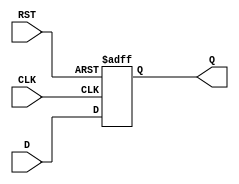
module store_register #(
    parameter DATA_WIDTH = 8  // Parameter for data width, can be modified as needed
)(
    input  wire [DATA_WIDTH-1:0] D,   // Data input
    input  wire CLK,                   // Clock input
    input  wire RST,                   // Reset input
    output reg  [DATA_WIDTH-1:0] Q     // Data output
);

// Asynchronous Reset Logic
always @(posedge CLK or posedge RST) begin
    if (RST) begin
        Q <= {DATA_WIDTH{1'b0}};       // Reset Q to 0
    end else begin
        Q <= D;                        // Latch D into Q on the rising edge of CLK
    end
end

endmodule